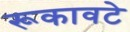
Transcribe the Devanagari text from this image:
रूकावटे